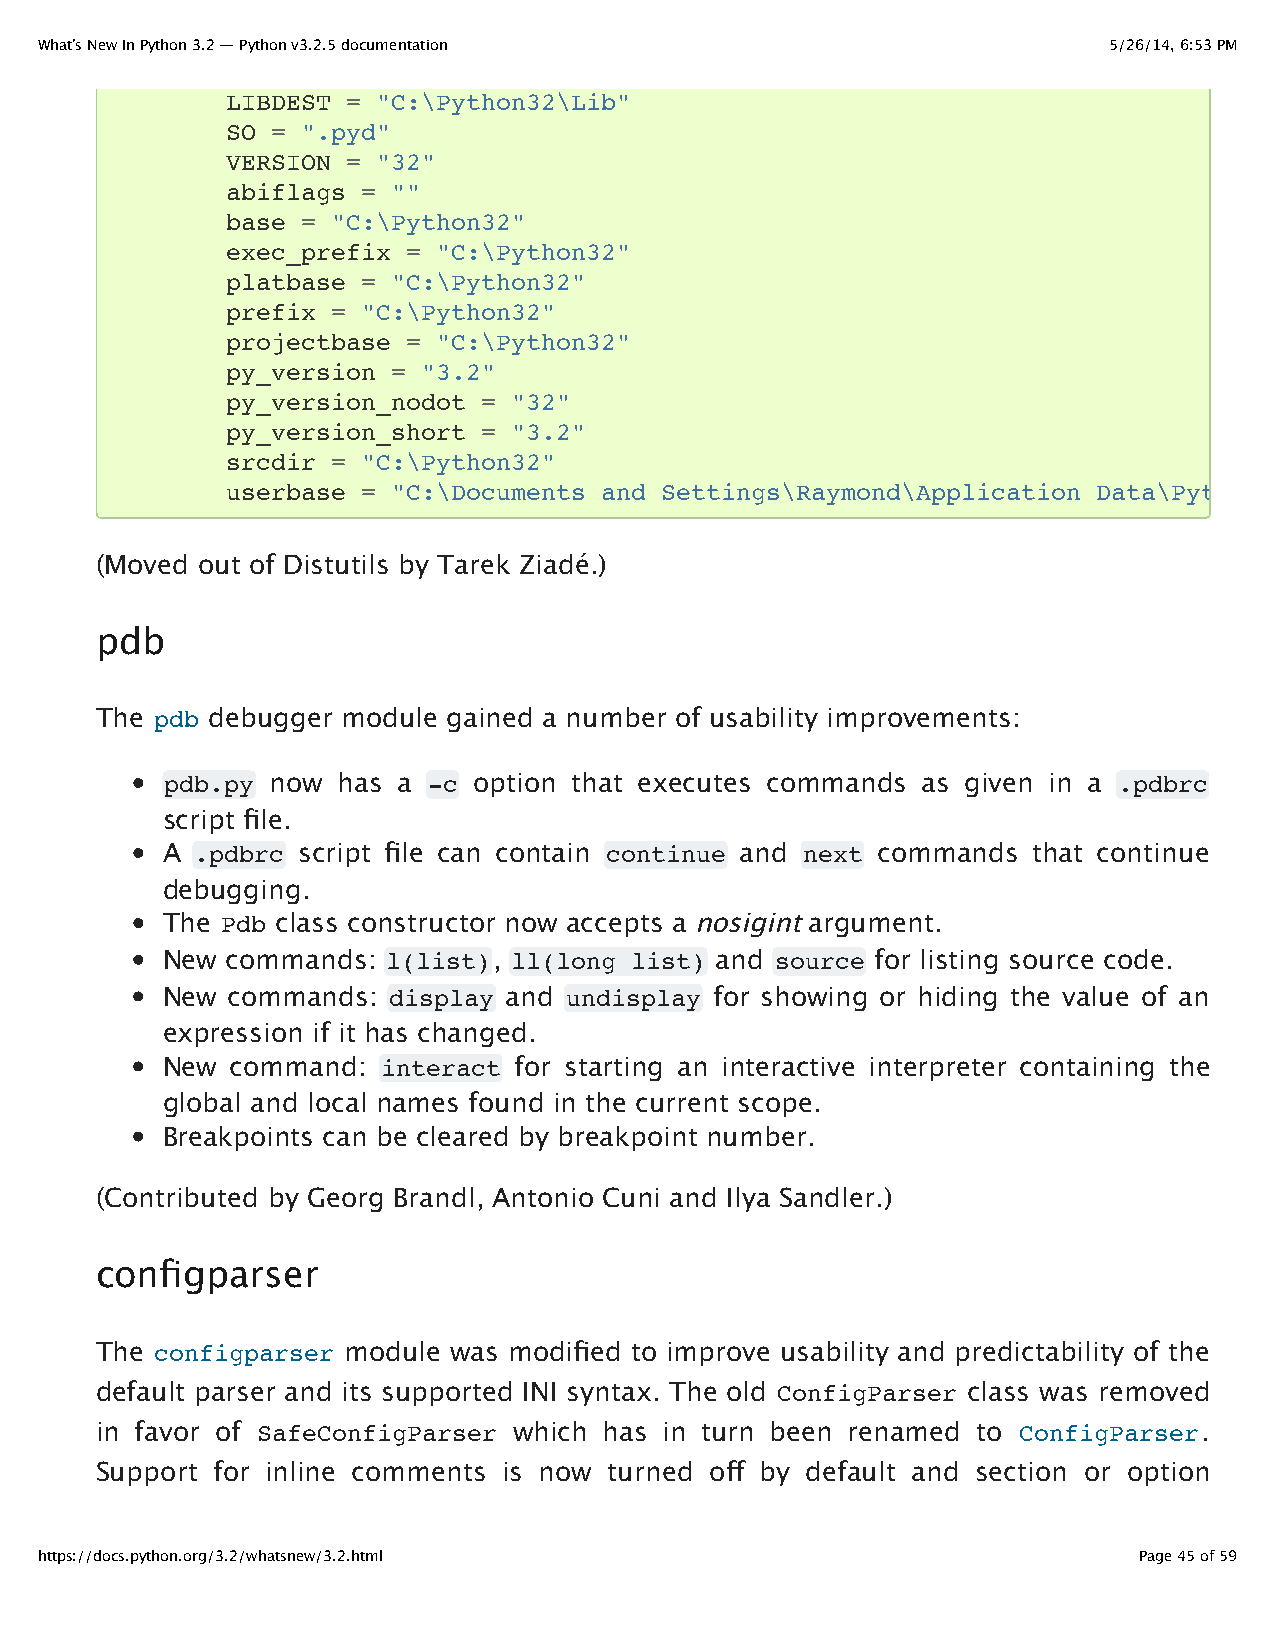
What’s New In Python 3.2 — Python v3.2.5 documentation                 5/26/14, 6:53 PM
 LIBDEST = "C:\Python32\Lib"
 SO = ".pyd"
 VERSION = "32"
 abiflags = ""
 base = "C:\Python32"
 exec_prefix = "C:\Python32"
 platbase = "C:\Python32"
 prefix = "C:\Python32"
 projectbase = "C:\Python32"
 py_version = "3.2"
 py_version_nodot = "32"
 py_version_short = "3.2"
 srcdir = "C:\Python32"
 userbase = "C:\Documents and Settings\Raymond\Application Data\Python"
 (Moved out of Distutils by Tarek Ziadé.)
 pdb
 The pdb debugger module gained a number of usability improvements:
 pdb.py now has a -c option that executes commands as given in a .pdbrc
 script file.
 A .pdbrc script file can contain continue and next commands that continue
 debugging.
 The Pdb class constructor now accepts a nosigint argument.
 New commands:  l(list), ll(long list) and source for listing source code.
 New commands:  display and undisplay for showing or hiding the value of an
 expression if it has changed.
 New command:  interact for starting an interactive interpreter containing the
 global and local names found in the current scope.
 Breakpoints can be cleared by breakpoint number.
 (Contributed by Georg Brandl, Antonio Cuni and Ilya Sandler.)
 configparser
 The configparser module was modified to improve usability and predictability of the
 default parser and its supported INI syntax. The old ConfigParser class was removed
 in favor of SafeConfigParser which has in turn been renamed to ConfigParser.
 Support for inline comments is now turned off by default and section or option
 https://docs.python.org/3.2/whatsnew/3.2.html                            Page 45 of 59